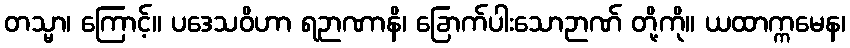
တသ္မာ၊ ကြောင့်။ ပဒေသဝိဟာ ရဉာဏာနိ၊ ခြောက်ပါးသောဉာဏ် တို့ကို။ ယထာက္ကမေန၊